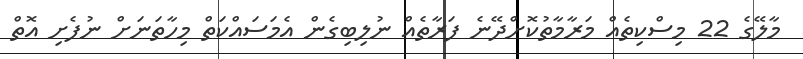
މާލޭގެ 22 މިސްކިތެއް މަރާމާތުކޮށްދޭނެ ފަރާތެއް ނުލިބިގެން އެމަސައްކަތް މިހާތަނަށް ނުފެށި އޮތް